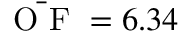
\bar { \mathrm { ~ O ~ F ~ } } = 6 . 3 4